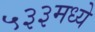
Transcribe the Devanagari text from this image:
५३३मध्ये